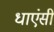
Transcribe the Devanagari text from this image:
धाएंसी